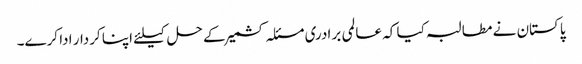
پاکستان نے مطالبہ کیا کہ عالمی برادری مسئلہ کشمیر کے حل کیلئے اپنا کردار ادا کرے۔